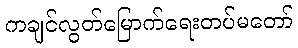
ကချင်လွတ်မြောက်ရေးတပ်မတော်